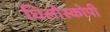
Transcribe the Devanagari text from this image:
चिलोस्कोपी